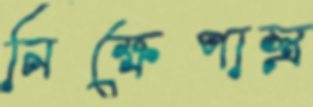
নিক্ষেপাস্ত্র